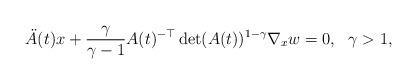
LaTeX: \begin{align*}\ddot A(t) x + \frac\gamma{\gamma-1}A(t)^{-\top} \det(A(t))^{1-\gamma} \nabla_x w & = 0, \ \ \gamma>1,\end{align*}